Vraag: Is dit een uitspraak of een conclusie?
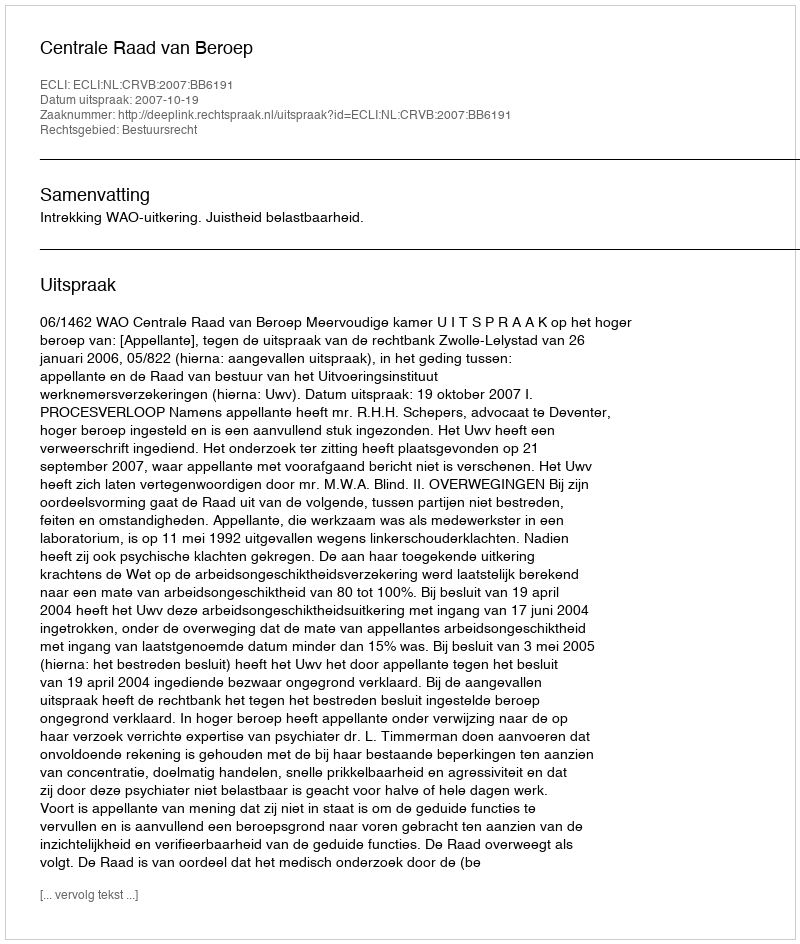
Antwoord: Uitspraak